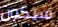
سيكون